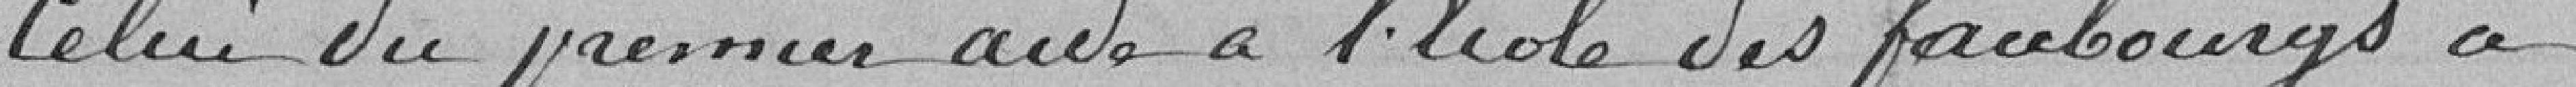
Celui du premier aide à l'école des faubourgs à